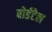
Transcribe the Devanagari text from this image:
बोर्डटेल